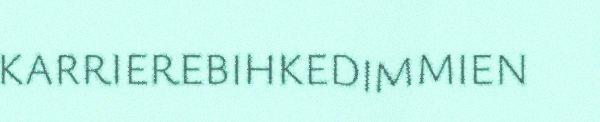
KARRIEREBIHKEDIMMIEN